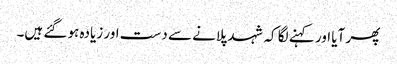
پھر آیا اور کہنے لگا کہ شہد پلانے سے دست اور زیادہ ہو گئے ہیں۔